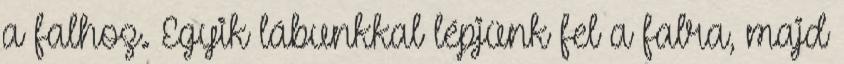
a falhoz. Egyik lábunkkal lépjünk fel a falra, majd